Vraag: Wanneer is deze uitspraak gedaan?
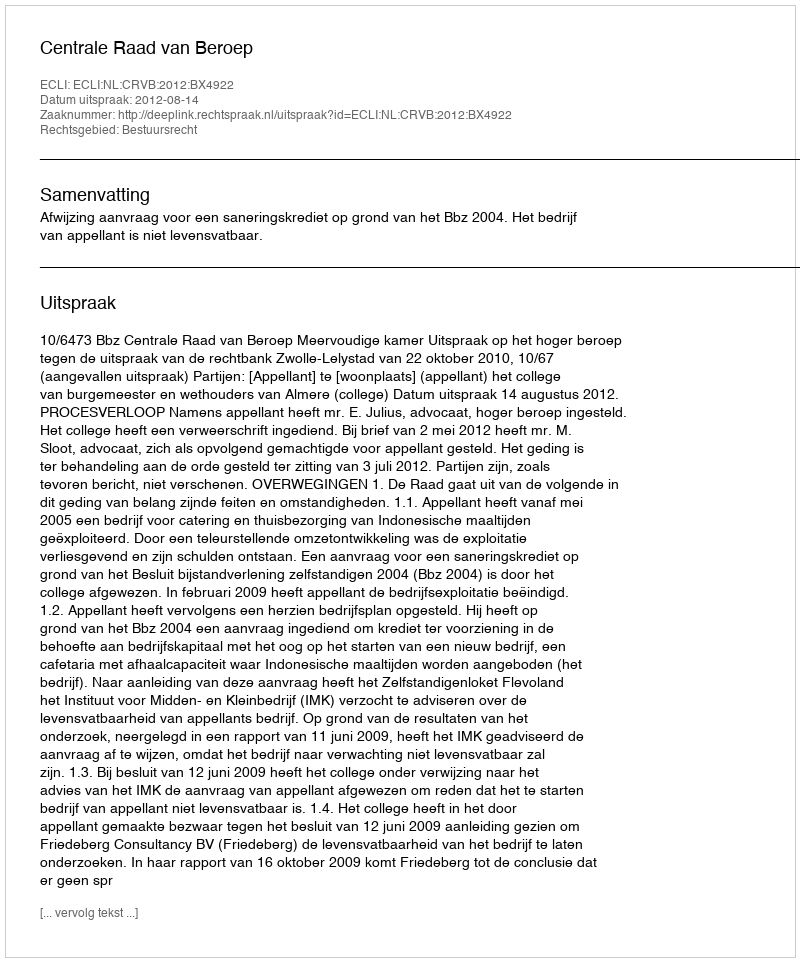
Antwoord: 2012-08-14